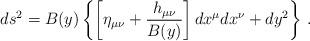
LaTeX: \begin{align*}ds^2 = B(y)\left\{ \left[ \eta_{\mu\nu} + {h_{\mu\nu}\over B(y)}\right]dx^\mu dx^\nu +dy^2\right\}\,.\end{align*}